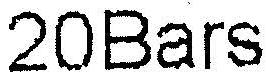
20BARS